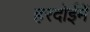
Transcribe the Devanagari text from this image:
हरदोईमें